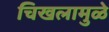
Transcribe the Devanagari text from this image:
चिखलामुळे